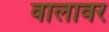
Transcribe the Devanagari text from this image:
वालावर